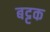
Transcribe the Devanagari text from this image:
बट्टक